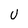
Character: U